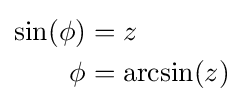
{\begin{aligned}\sin(\phi )&=z\\\phi &=\arcsin(z)\end{aligned}}